Vaccination in Burma 1920-1933 - 1920-1933
Year: 1920
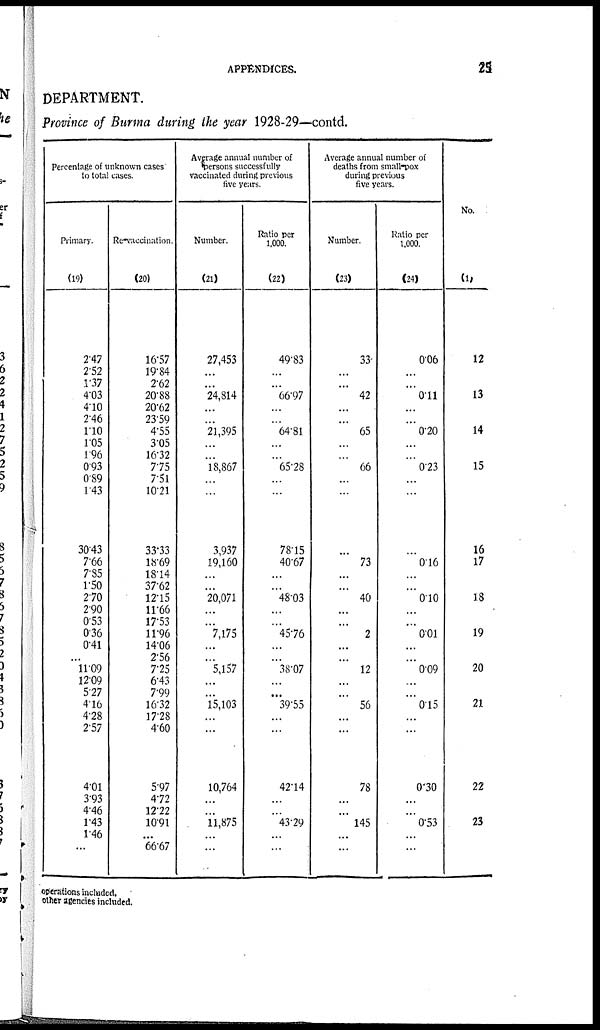
APPENDICES.
25
DEPARTMENT.
Province of Burma during the year 1928-29—contd.
Percentage of unknown cases
to total cases.
Primary.
(19)
2.47
2.52
1.37
4.03
4.10
2.46
1. 10
1.05
1.96
0.93
0.89
1.43
30.43
7.66
7.35
1.50
2.70
2.90
0.53
0.36
0.41
...
11.09
12.09
5.27
4.16
4.28
2.57
4.01
3.93
4.46
1.43
1.46
...
Re-vaccination.
(20)
16.57
19.84
2.62
20.88
20.62
23.59
4.55
3.05
16.32
7.75
7.51
10.21
33.33
18.69
18.14
37.62
12.15
11.66
17.53
11.96
14.06
2.56
7.25
6.43
7.99
16.32
17.28
4.60
5.97
4.72
12.22
10.91
...
66.67
Average annual number of
persons successfully
vaccinated during previous
five years.
Number.
(21)
27,453
...
...
24,814
...
...
21,395
...
...
18,867
...
...
3,937
19,160
...
...
20,071
...
...
7,175
...
...
5,157
...
...
15,103
...
...
10,764
...
...
11,875
...
...
Ratio per
1,000.
(22)
49.83
...
...
66.97
...
...
64.81
...
...
65.28
...
...
78.15
40.67
...
...
48.03
...
...
45.76
...
...
38.07
...
...
39.55
...
...
42.14
...
...
43.29
...
...
Average annual number of
deaths from small-pox
during previous
five years.
Number.
(23)
33
...
...
42
...
...
65
...
...
66
...
...
...
73
...
...
40
...
...
2
...
...
12
...
...
56
...
...
78
...
...
145
...
...
Ratio per
1,000.
(24)
0.06
...
...
0.11
...
...
0.20
...
...
0.23
...
...
...
0.16
...
...
0.10
...
...
0.01
...
...
0.09
...
...
0.15
...
...
0.30
...
...
0.53
...
...
No.
(1)
12
13
14
15
16
17
18
19
20
21
22
23
operations included.
other agencies included.